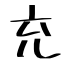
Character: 充